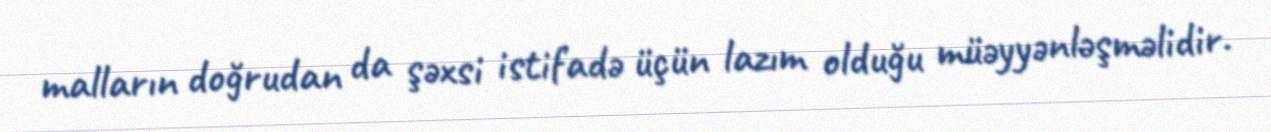
malların doğrudan da şəxsi istifadə üçün lazım olduğu müəyyənləşməlidir.